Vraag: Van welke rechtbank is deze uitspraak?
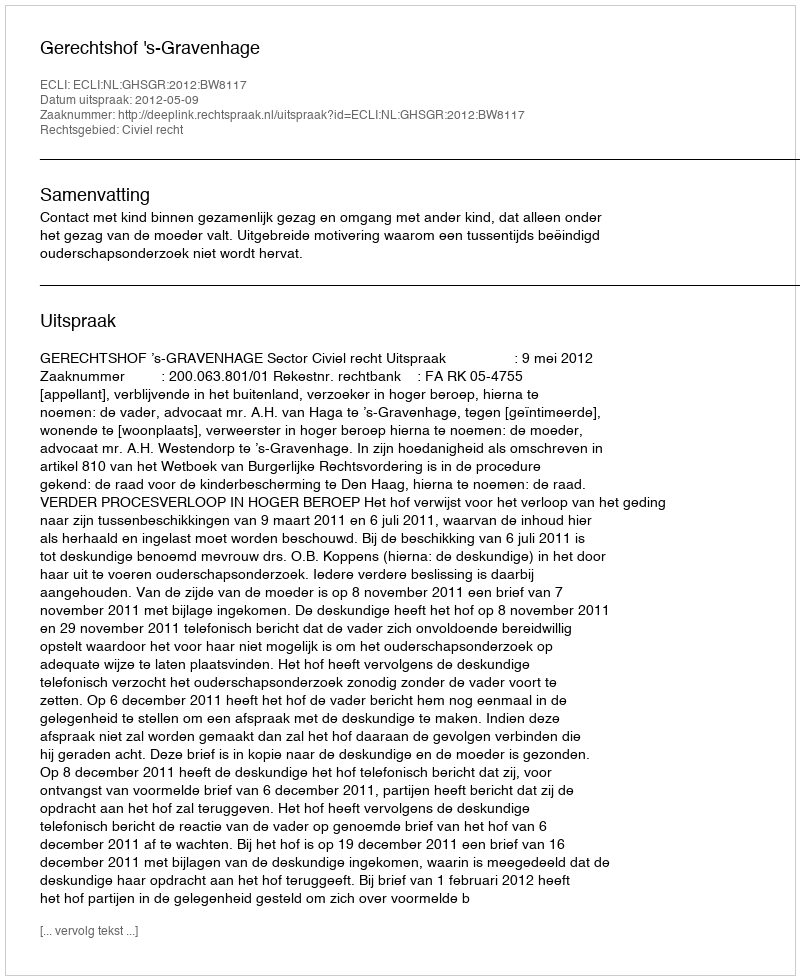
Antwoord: Gerechtshof 's-Gravenhage